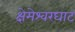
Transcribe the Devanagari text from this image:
क्षेमेश्वरघाट